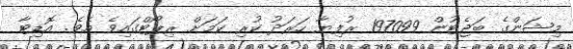
މިޝަންގެ ބަޖެޓުން 197099 ރުފިޔާ ހަރަދު ކުރި ކަމަށް ރިޕޯޓްގައިވެ އެވެ. އޮޑިޓާ